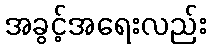
အခွင့်အရေးလည်း